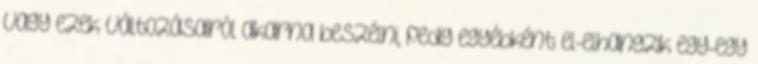
vagy ezek változásairól akarna beszélni, pedig egyébként el-elhangzik egy-egy